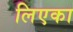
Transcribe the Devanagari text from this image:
लिएका